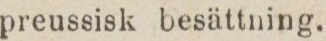
preussisk besättning.